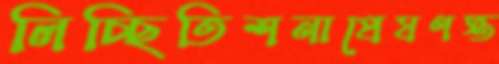
লিচ্ছিতিশনাপ্রেষণস্ত